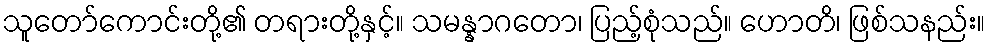
သူတော်ကောင်းတို့၏ တရားတို့နှင့်။ သမန္နာဂတော၊ ပြည့်စုံသည်။ ဟောတိ၊ ဖြစ်သနည်း။